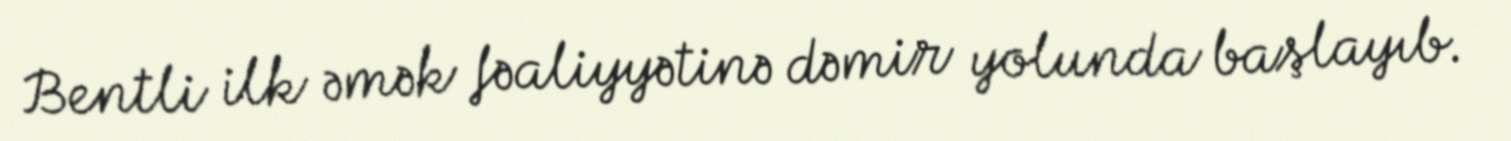
Bentli ilk əmək fəaliyyətinə dəmir yolunda başlayıb.